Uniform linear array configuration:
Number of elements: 32
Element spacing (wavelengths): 0.25
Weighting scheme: uniform
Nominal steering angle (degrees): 30
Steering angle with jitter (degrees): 29.457
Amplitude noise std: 0.05
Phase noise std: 0.05

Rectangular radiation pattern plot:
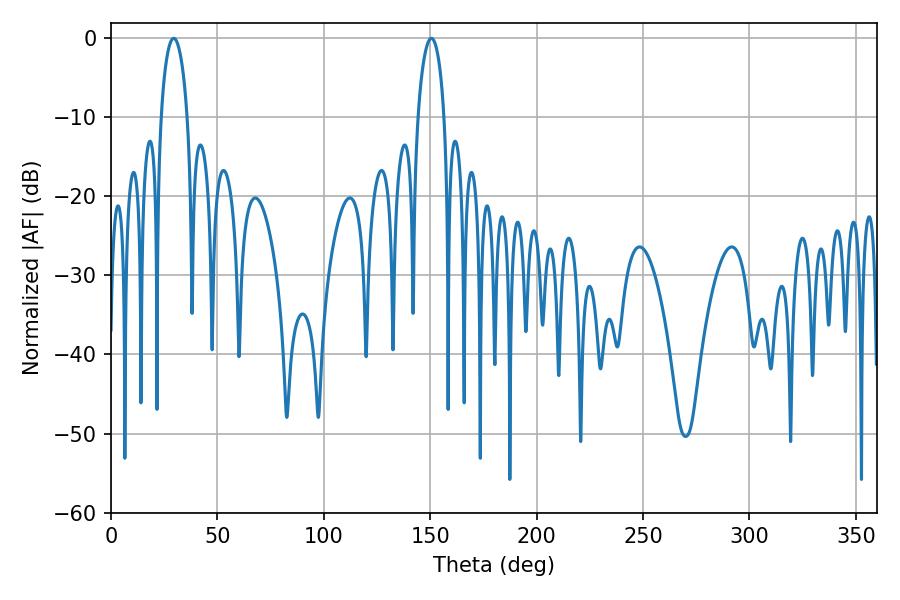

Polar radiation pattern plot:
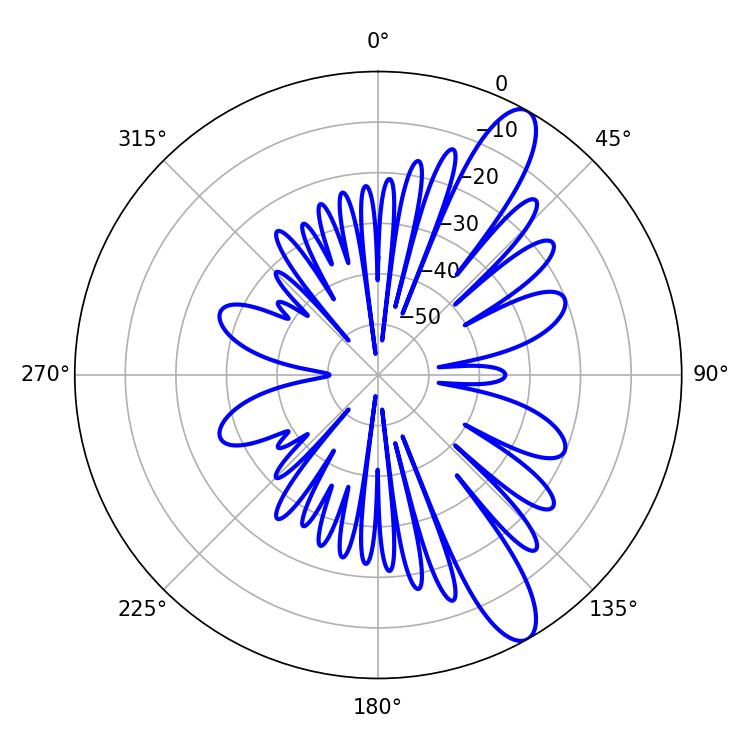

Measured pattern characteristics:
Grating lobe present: FALSE
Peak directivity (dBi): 11.548
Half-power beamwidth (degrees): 7.2
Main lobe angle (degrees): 29.52